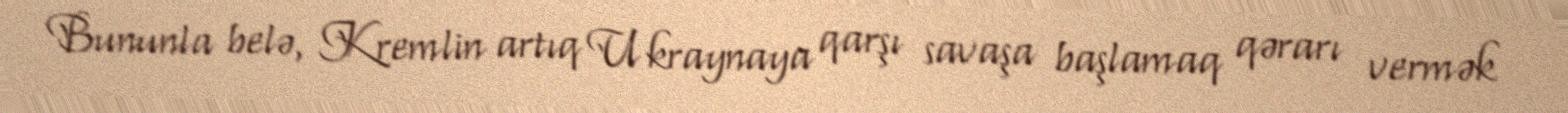
Bununla belə, Kremlin artıq Ukraynaya qarşı savaşa başlamaq qərarı vermək